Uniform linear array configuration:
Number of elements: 64
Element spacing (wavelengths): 1
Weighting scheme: cosine
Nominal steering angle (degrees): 30
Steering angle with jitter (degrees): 28.255
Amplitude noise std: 0.05
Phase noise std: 0.05

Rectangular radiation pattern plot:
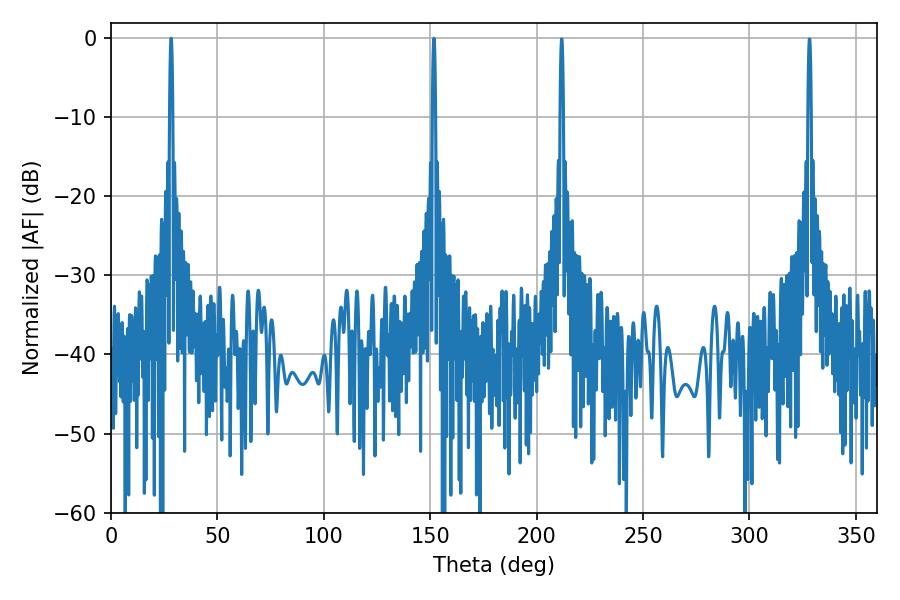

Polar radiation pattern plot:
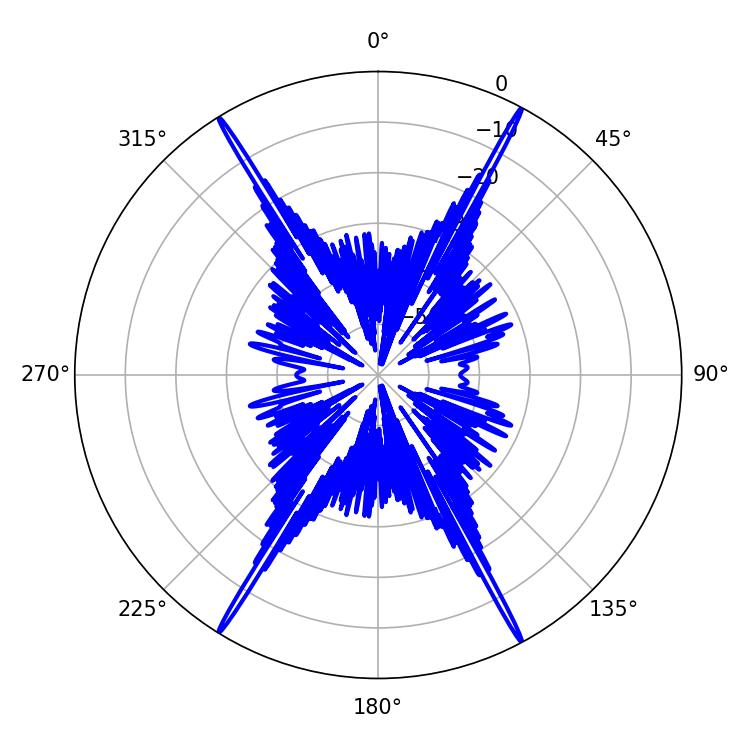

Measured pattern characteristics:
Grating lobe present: TRUE
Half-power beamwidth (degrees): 0.72
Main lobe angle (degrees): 28.26